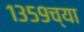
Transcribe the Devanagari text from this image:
१३५९च्या